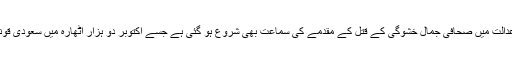
گزشتہ ہفتے ہی استنبول کی ایک عدالت میں صحافی جمال خشوگی کے قتل کے مقدمے کی سماعت بھی شروع ہو گئی ہے جسے اکتوبر دو ہزار اٹھارہ میں سعودی قونصل خانے میں قتل کر دیا گیا تھا۔